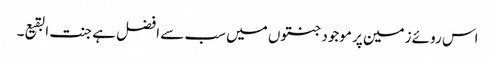
اس روئے زمین پر موجود جنتوں میں سب سے افضل ہے جنت البقیع۔